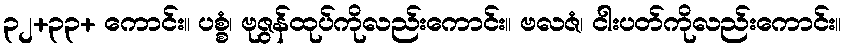
၃၂+၃၃+ ကောင်း။ ပစ္စံ၊ ဗုဇွန်ထုပ်ကိုလည်းကောင်း။ ဗလဇံ၊ ငါးပတ်ကိုလည်းကောင်း။